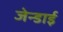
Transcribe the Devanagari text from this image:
जेन्‍डाई